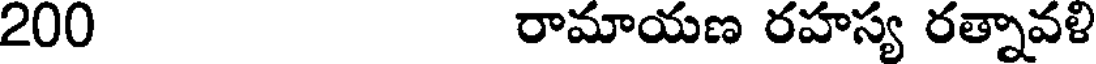
200 రామాయణ రహస్య రత్నావళి